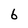
Character: 6